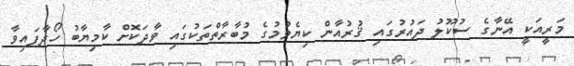
މަރީއަކީ އޭނާގެ ސުކޫލު ދައުރުގައި ޤުރުއާން ކިޔެވުމުގެ މުބާރާތްތަކުގައި ވާދަކޮށް ކާމިޔާބު ހޯދާފައިވާ